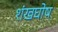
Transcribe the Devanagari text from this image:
शंखघोष